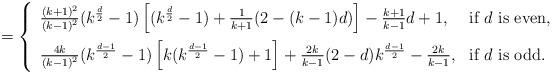
LaTeX: \begin{align*} = \left\{\begin{array}{ll}\frac{(k+1)^{2}}{(k-1)^{2}}(k^{\frac{d}{2}}-1)\left[(k^{\frac{d}{2}}-1)+\frac{1}{k+1}(2-(k-1)d)\right]-\frac{k+1}{k-1}d+1, & \mbox{if $d$ is even}, \\ [0.3cm]\frac{4k}{(k-1)^{2}}(k^{\frac{d-1}{2}}-1)\left[k(k^{\frac{d-1}{2}}-1)+1\right]+\frac{2k}{k-1}(2-d)k^{\frac{d-1}{2}}-\frac{2k}{k-1}, & \mbox{if $d$ is odd.}\end{array}\right.\end{align*}